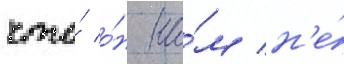
что́ о́н на́м н'е́